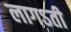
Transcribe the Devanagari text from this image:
लागऽती